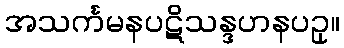
အသင်္ကမနပဋိသန္ဒဟနပဥှ။